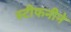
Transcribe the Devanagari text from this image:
स्टीफनीने